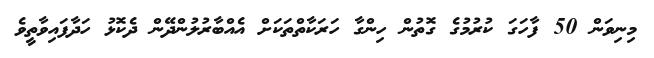
މިނިވަން 50 ފާހަގަ ކުރުމުގެ ގޮތުން ހިންގާ ހަރަކާތްތަކަށް އެއްބާރުލުންދޭން ދެކޮޅު ހަދާފައިވާތީވެ